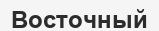
Восточный